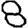
Digit: 8